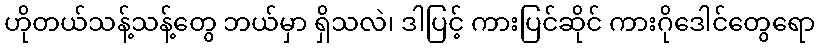
ဟိုတယ်သန့်သန့်တွေ ဘယ်မှာ ရှိသလဲ၊ ဒါပြင့် ကားပြင်ဆိုင် ကားဂိုဒေါင်တွေရော